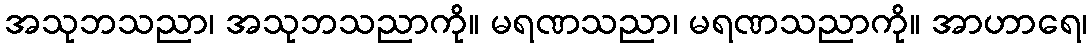
အသုဘသညာ၊ အသုဘသညာကို။ မရဏသညာ၊ မရဏသညာကို။ အာဟာရေ၊